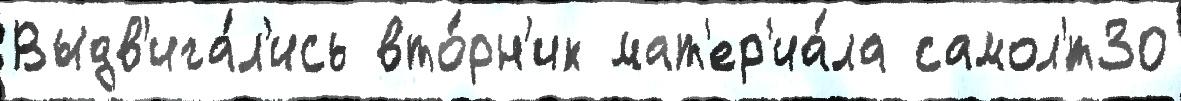
Выдв'ига́л'ись вто́рн'ик мат'ер'иа́ла самол'́т30